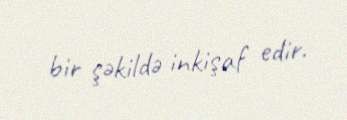
bir şəkildə inkişaf edir.